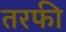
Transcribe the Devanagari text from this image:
तरफी